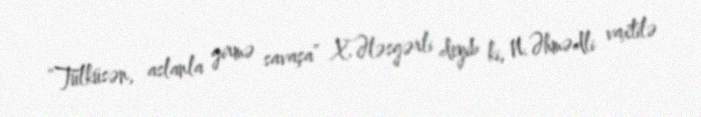
“Tülküsən, aslanla girmə savaşa” X.Ələsgərli deyib ki, N.Əhmədli vaxtilə